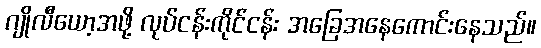
ဂျိုလီယော့အဖို့ လုပ်ငန်းကိုင်ငန်း အခြေအနေကောင်းနေသည်။